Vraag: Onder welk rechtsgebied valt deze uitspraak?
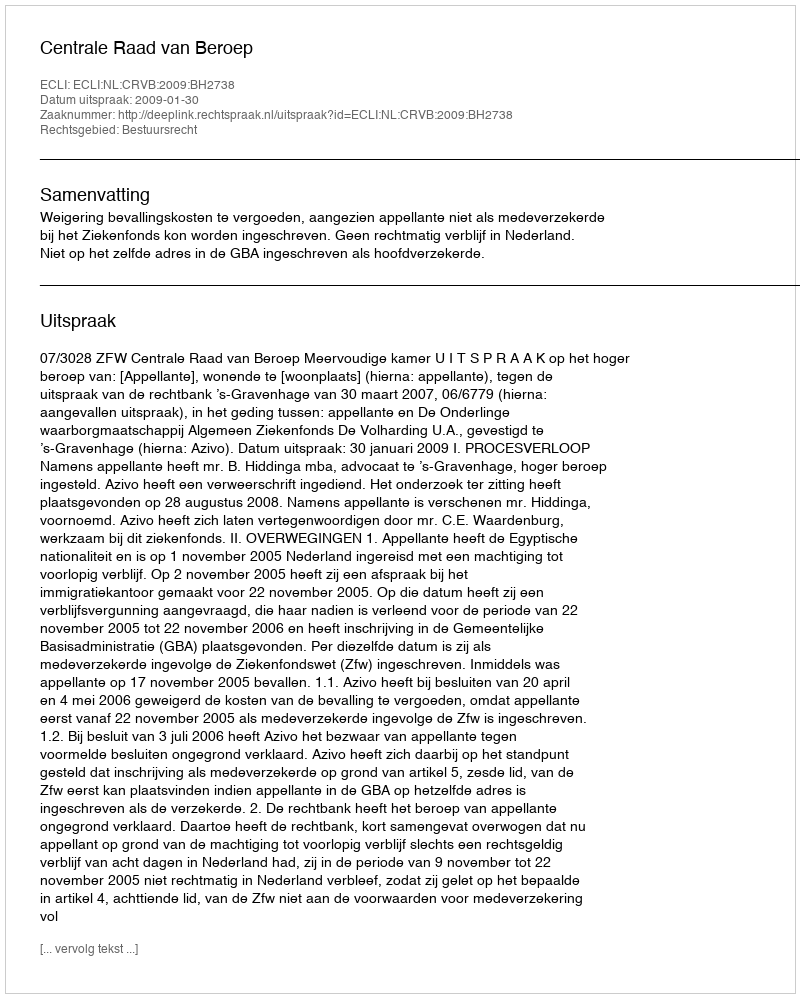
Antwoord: Bestuursrecht